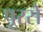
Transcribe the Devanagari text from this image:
पूरसे